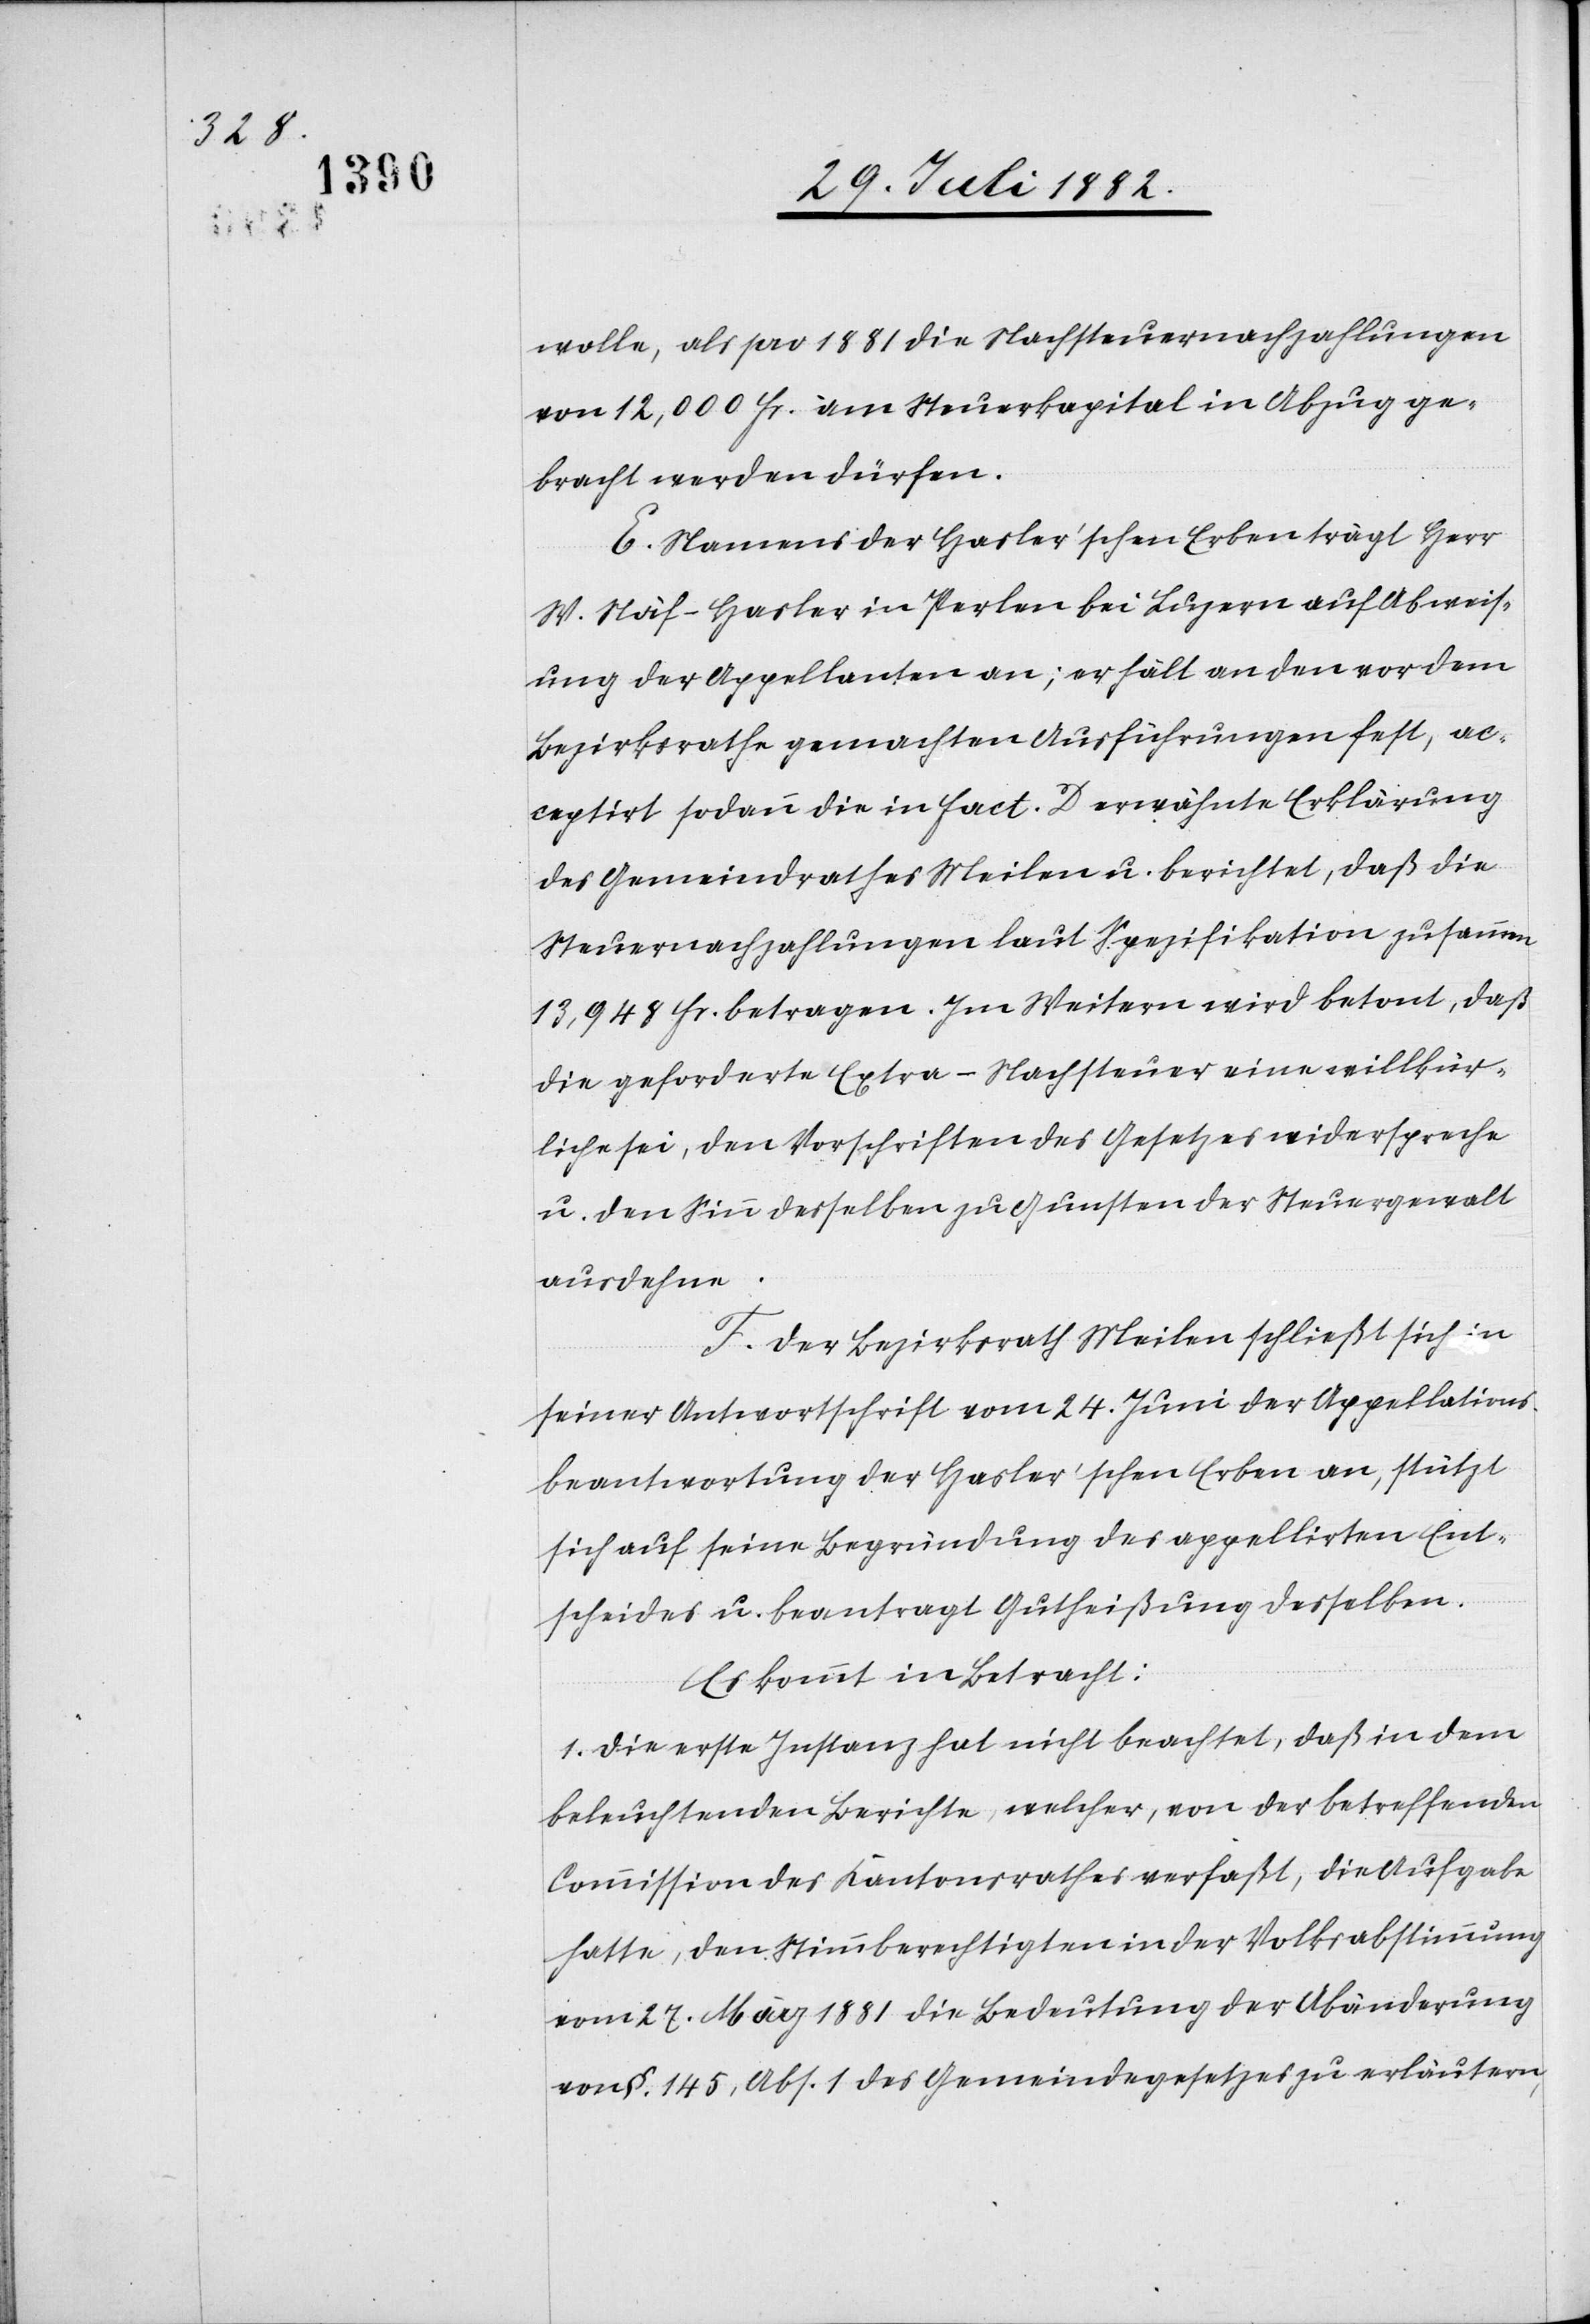
wolle, als pro 1881 die Nachtsteuernachzahlungen
von 12,000 Fr. am Steuerkapital in Abzug ge¬
bracht werden dürfen.
E. Namens der Hasler’schen Erben trägt Herr
W. Näf-Hasler in Perlen bei Luzern auf Abweis¬
ung der Appellanten an; er hält an den vor dem
Bezirksrathe gemachten Ausführungen fest, ac¬
ceptirt sodann die in Fact. D erwähnte Erklärung
des Gemeindrathes Meilen u. berichtet, daß die
Steuernachzahlungen laut Spezifikation zusammen
13,948 Fr. betragen. Im Weitern wird betont, daß
die geforderte Extra-Nachsteuer eine willkür¬
liche sei, den Vorschriften des Gesetzes widerspreche
u. den Sinn desselben zu Gunsten der Steuergewalt
ausdehne.
F. Der Bezirksrath Meilen schließt sich in
seiner Antwortschrift vom 24. Juni der Appellations¬
beantwortung der Hasler’schen Erben an, stützt
sich auf seine Begründung des appellirten Ent¬
scheides u. beantragt Gutheißung desselben.
Es kommt in Betracht:
1. Die erste Instanz hat nicht beachtet, daß in dem
beleuchtenden Berichte, welcher, von der betreffenden
Commission des Kantonsrathes verfaßt, die Aufgabe
hatte, den Stimmberechtigten in der Volksabstimmung
vom 27. März 1881 die Bedeutung der Abänderung
von §. 145, Abs. 1 des Gemeindegesetzes zu erläutern,